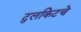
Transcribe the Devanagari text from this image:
टुलकिटचे